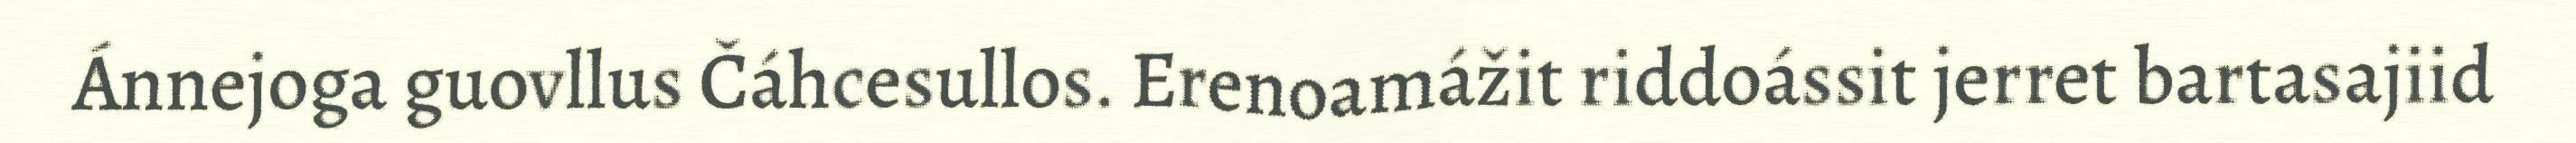
Ánnejoga guovllus Čáhcesullos. Erenoamážit riddoássit jerret bartasajiid